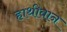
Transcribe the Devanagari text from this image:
हाथीवान